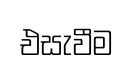
එසැවීම